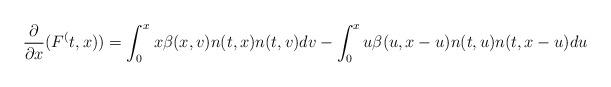
LaTeX: \begin{align*}\frac{\partial}{\partial x} (F^(t,x)) = \int_0^{x_{}} x \beta(x,v)n(t,x)n(t,v) dv -\int_0^x u \beta(u,x-u)n(t,u)n(t,x-u) du\end{align*}